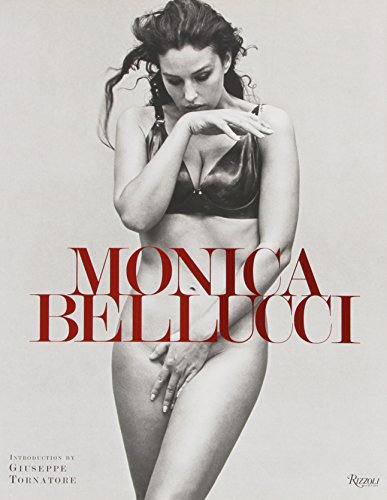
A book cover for Monica Bellucci; Monica Bellucci; Humor & Entertainment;